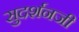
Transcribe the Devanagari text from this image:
सुदर्शनजी